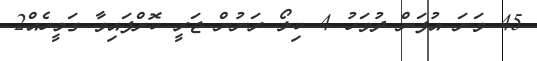
45 ވަނަ އުފަން ދުވަހު 4 ކިލޯ ރަނުން ޖަރީ ކޮށްފައިވާ ގަމީހެއް2